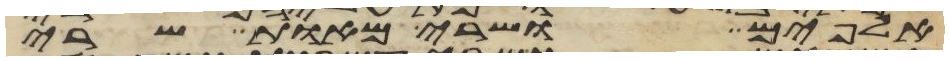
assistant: אלפים ושרי מאות שרי